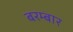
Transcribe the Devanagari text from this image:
बरम्बार